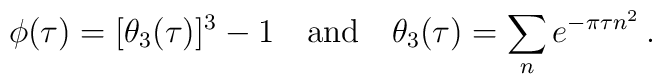
\phi (\tau) = [\theta_3(\tau)]^3 - 1 \quad \mbox{and} \quad  \theta_3(\tau) = \sum_n     e^{-\pi \tau n^2} \, .